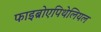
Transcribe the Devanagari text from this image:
फाइब्रोएपिथेलियल